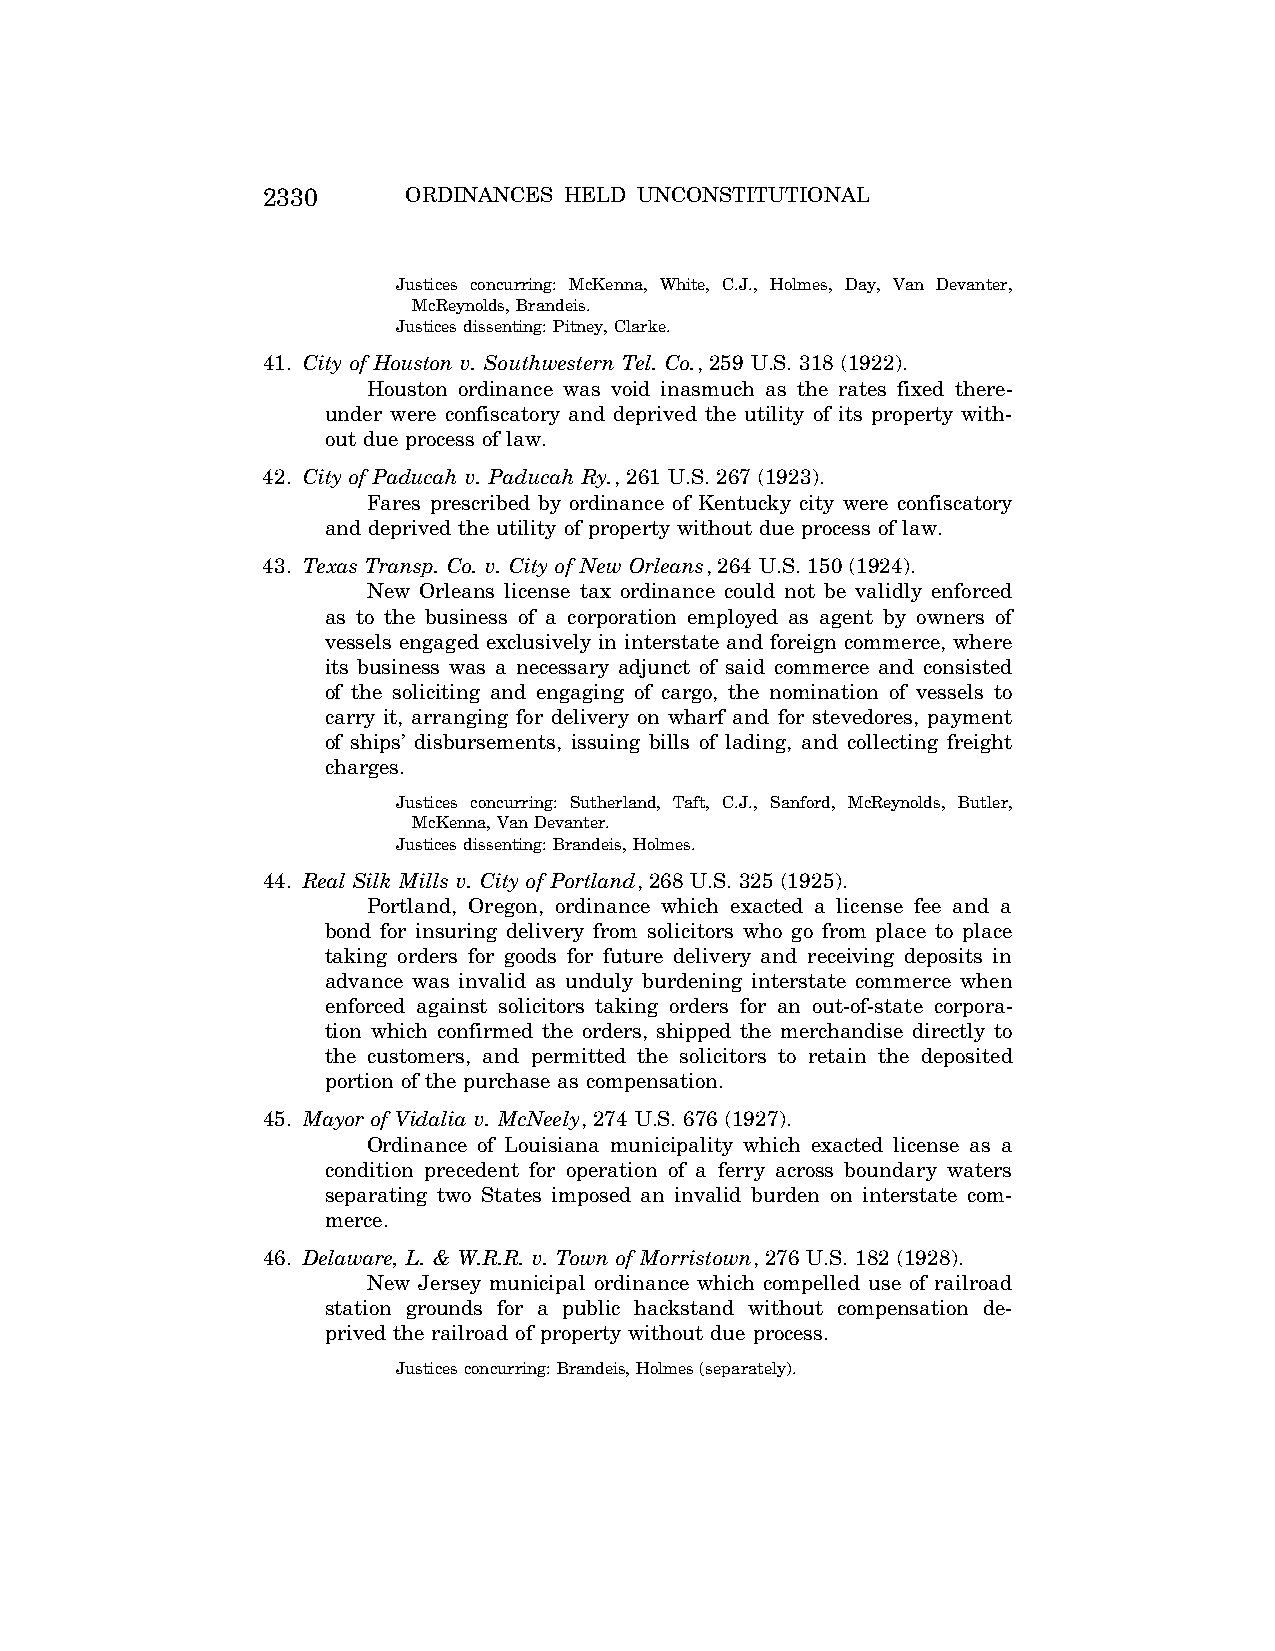
2330      ORDINANCES HELD UNCONSTITUTIONAL
 Justices concurring: McKenna, White, C.J., Holmes, Day, Van Devanter,
 McReynolds, Brandeis.
 Justices dissenting: Pitney, Clarke.
 41. City of Houston v. Southwestern Tel. Co., 259 U.S. 318 (1922).
 Houston ordinance was void inasmuch as the rates fixed there-
 under were confiscatory and deprived the utility of its property with-
 out due process of law.
 42. City of Paducah v. Paducah Ry., 261 U.S. 267 (1923).
 Fares prescribed by ordinance of Kentucky city were confiscatory
 and deprived the utility of property without due process of law.
 43. Texas Transp. Co. v. City of New Orleans, 264 U.S. 150 (1924).
 New Orleans license tax ordinance could not be validly enforced
 as to the business of a corporation employed as agent by owners of
 vessels engaged exclusively in interstate and foreign commerce, where
 its business was a necessary adjunct of said commerce and consisted
 of the soliciting and engaging of cargo, the nomination of vessels to
 carry it, arranging for delivery on wharf and for stevedores, payment
 of ships’ disbursements, issuing bills of lading, and collecting freight
 charges.
 Justices concurring: Sutherland, Taft, C.J., Sanford, McReynolds, Butler,
 McKenna, Van Devanter.
 Justices dissenting: Brandeis, Holmes.
 44. Real Silk Mills v. City of Portland, 268 U.S. 325 (1925).
 Portland, Oregon, ordinance which exacted a license fee and a
 bond for insuring delivery from solicitors who go from place to place
 taking orders for goods for future delivery and receiving deposits in
 advance was invalid as unduly burdening interstate commerce when
 enforced against solicitors taking orders for an out-of-state corpora-
 tion which confirmed the orders, shipped the merchandise directly to
 the customers, and permitted the solicitors to retain the deposited
 portion of the purchase as compensation.
 45. Mayor of Vidalia v. McNeely, 274 U.S. 676 (1927).
 Ordinance of Louisiana municipality which exacted license as a
 condition precedent for operation of a ferry across boundary waters
 separating two States imposed an invalid burden on interstate com-
 merce.
 46. Delaware, L. & W.R.R. v. Town of Morristown, 276 U.S. 182 (1928).
 New Jersey municipal ordinance which compelled use of railroad
 station grounds for a public hackstand without compensation de-
 prived the railroad of property without due process.
 Justices concurring: Brandeis, Holmes (separately).
 VerDate Aug<04>2004 12:58 Aug 23, 2004 Jkt 077500 PO 00000 Frm 00007 Fmt 8222 Sfmt 8222 C:\CONAN\CON065.SGM PRFM99 PsN: CON065